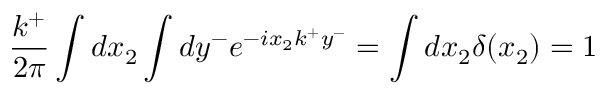
\frac { k ^ { + } } { 2 \pi } \int d x _ { 2 } \int d y ^ { - } e ^ { - i x _ { 2 } k ^ { + } y ^ { - } } = \int d x _ { 2 } \delta ( x _ { 2 } ) = 1